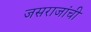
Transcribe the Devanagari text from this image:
जसराजांची